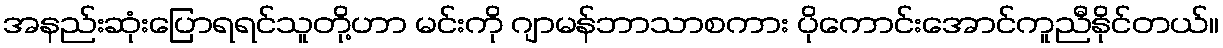
အနည်းဆုံးပြောရရင်သူတို့ဟာ မင်းကို ဂျာမန်ဘာသာစကား ပိုကောင်းအောင်ကူညီနိုင်တယ်။